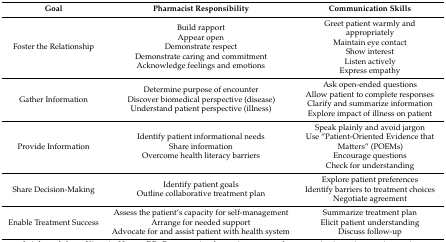
<table><thead><tr><td><b>Goal</b></td><td><b>Pharmacist Responsibility</b></td><td><b>Communication Skills</b></td></tr></thead><tbody><tr><td>Foster the Relationship</td><td>Build rapportAppear openDemonstrate respectDemonstrate caring and commitmentAcknowledge feelings and emotions</td><td>Greet patient warmly and appropriatelyMaintain eye contactShow interestListen activelyExpress empathy</td></tr><tr><td>Gather Information</td><td>Determine purpose of encounterDiscover biomedical perspective (disease)Understand patient perspective (illness)</td><td>Ask open-ended questionsAllow patient to complete responsesClarify and summarize informationExplore impact of illness on patient</td></tr><tr><td>Provide Information</td><td>Identify patient informational needsShare informationOvercome health literacy barriers</td><td>Speak plainly and avoid jargonUse “Patient-Oriented Evidence that Matters” (POEMs)Encourage questionsCheck for understanding</td></tr><tr><td>Share Decision-Making</td><td>Identify patient goalsOutline collaborative treatment plan</td><td>Explore patient preferencesIdentify barriers to treatment choicesNegotiate agreement</td></tr><tr><td>Enable Treatment Success</td><td>Assess the patient’s capacity for self-managementArrange for needed supportAdvocate for and assist patient with health system</td><td>Summarize treatment planElicit patient understandingDiscuss follow-up</td></tr></tbody></table>